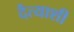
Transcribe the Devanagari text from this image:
दैत्याशी